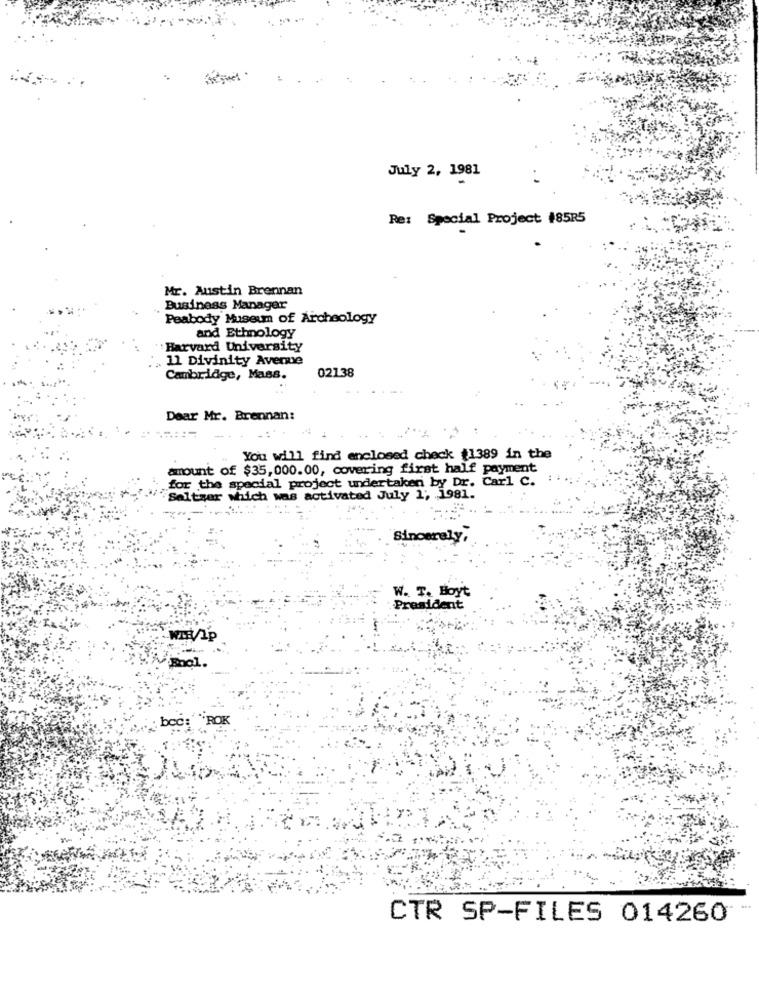
July 2, 1981
Re: Special Project #85R5
Mr. Austin Brennan
Business Manager
Peabody Museum of Archeology
and Ethnology
: Harvard University
11 Divinity Avenue
02138
Cambridge, Mass.
Dear Mr. Brennan:
You will find enclosed check $1389 in the
amount of $35, 000.00, covering first half payment
for the special project undertaken by Dr. Carl C.
Seltzer which was activated July 1; 1981.
Sincerely,
W. T. Hoyt
President
boĆ: ÏROK
CTR SP-FILES 014260